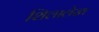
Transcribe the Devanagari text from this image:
शिलालेख